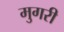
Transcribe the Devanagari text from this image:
मुगरी